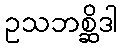
ဥသဘစ္ဆိဒါ